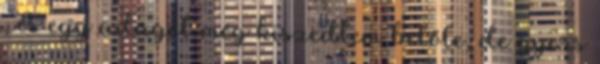
, és egy adagot még kiszedtem belőle, de gyors